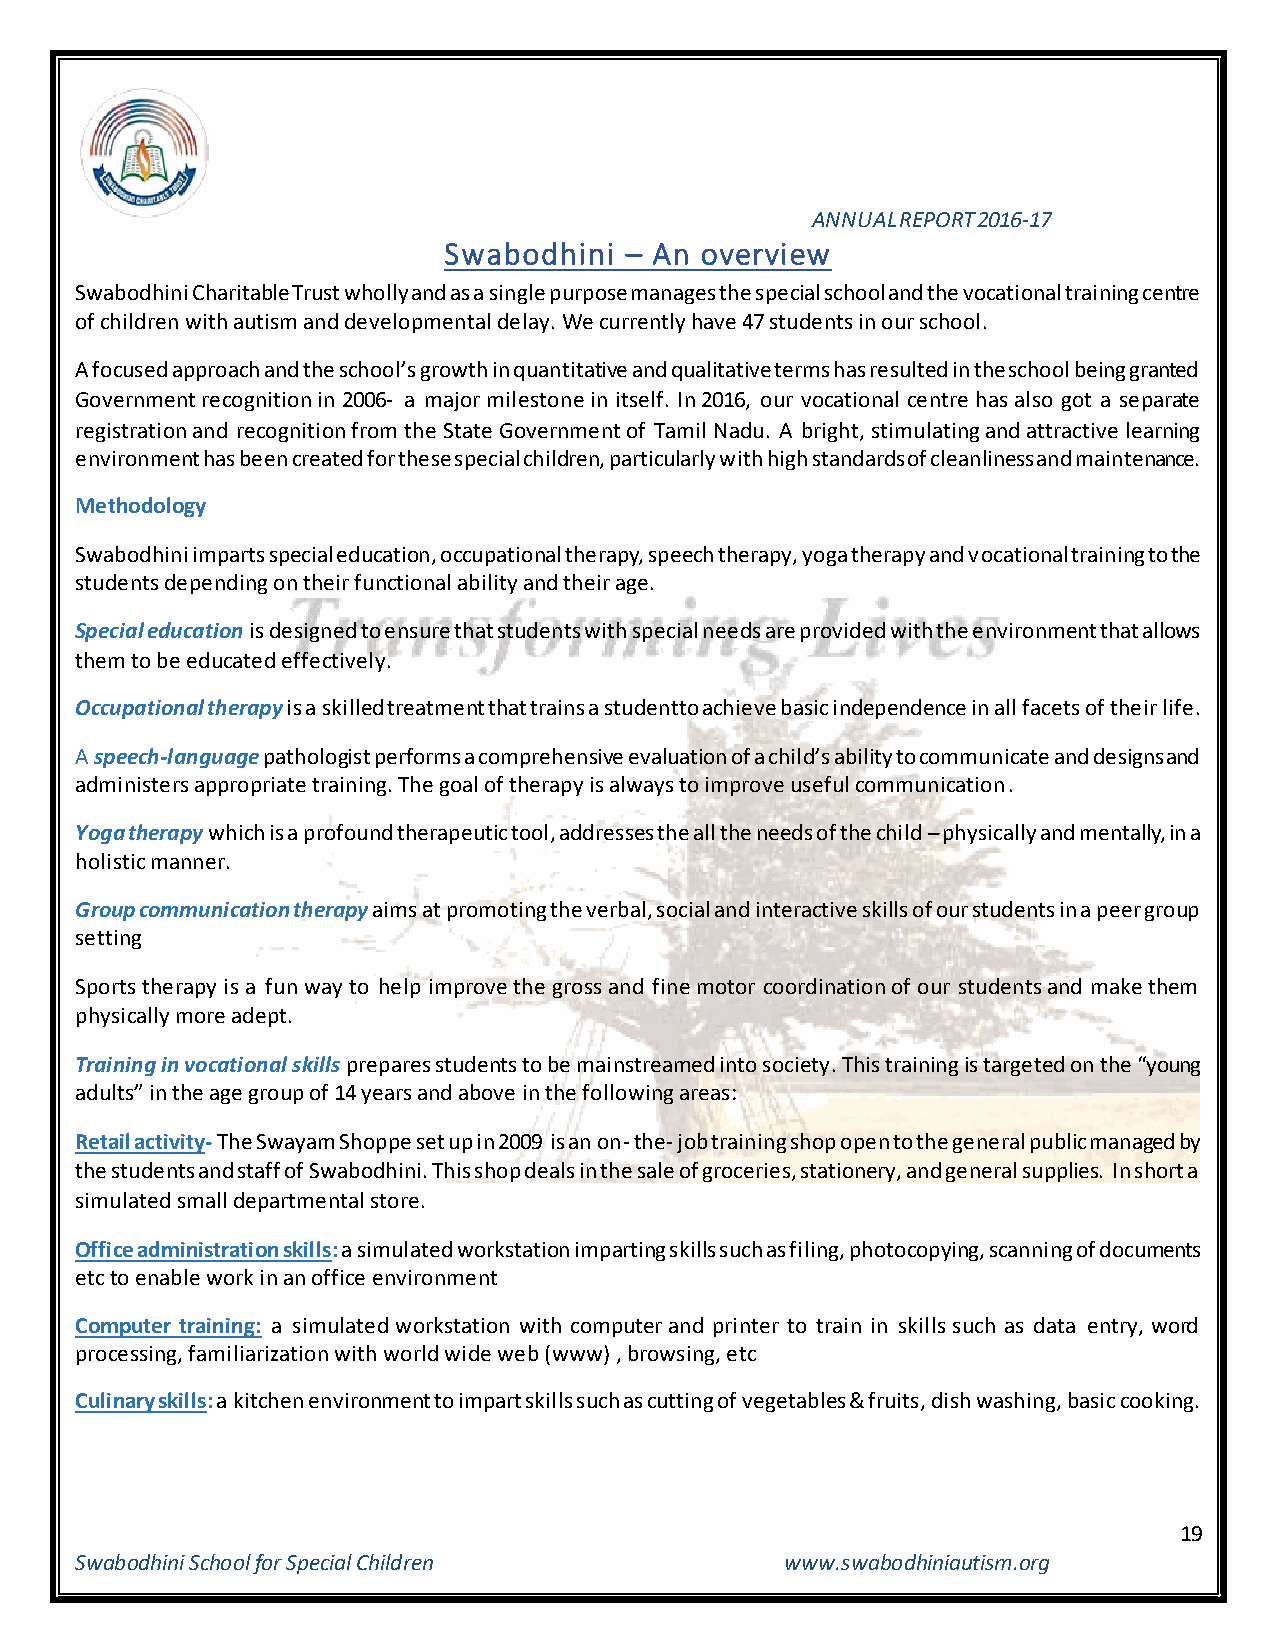
ANNUAL REPORT 2016-17
 Swabodhini  – An overview
 Swabodhini Charitable Trust wholly and as a single purpose manages the special school and the vocational training centre
 of children with autism and developmental delay. We currently have 47 students in our school.
 A focused approach and the school’s growth in quantitative and qualitative terms has resulted in the school being granted
 Government recognition in 2006- a major milestone in itself. In 2016, our vocational centre has also got a separate
 registration and recognition from the State Government of Tamil Nadu. A bright, stimulating and attractive learning
 environment has been created for these special children, particularly with high standards of cleanliness and maintenance.
 Methodology
 Swabodhini imparts special education, occupational therapy, speech therapy, yoga therapy and vocational training to the
 students depending on their functional ability and their age.
 Special education is designed to ensure that students with special needs are provided with the environment that allows
 them to be educated effectively.
 Occupational therapy is a skilled treatment that trains a studentto achieve basic independence in all facets of their life.
 A speech-language pathologist performs a comprehensive evaluation of a child’s ability to communicate and designs and
 administers appropriate training. The goal of therapy is always to improve useful communication.
 Yoga therapy which is a profound therapeutic tool, addresses the all the needs of the child – physically and mentally, in a
 holistic manner.
 Group communication therapy aims at promoting the verbal, social and interactive skills of our students in a peer group
 setting
 Sports therapy is a fun way to help improve the gross and fine motor coordination of our students and make them
 physically more adept.
 Training in vocational skills prepares students to be mainstreamed into society. This training is targeted on the “young
 adults” in the age group of 14 years and above in the following areas:
 Retail activity- The Swayam Shoppe set up in 2009 is an on- the- job training shop open to the general public managed by
 the students and staff of Swabodhini. This shop deals in the sale of groceries, stationery, and general supplies. In short a
 simulated small departmental store.
 Office administration skills: a simulated workstation imparting skills such as filing, photocopying, scanning of documents
 etc to enable work in an office environment
 Computer training: a simulated workstation with computer and printer to train in skills such as data entry, word
 processing, familiarization with world wide web (www) , browsing, etc
 Culinary skills: a kitchen environment to impart skills such as cutting of vegetables & fruits, dish washing, basic cooking.
 19
 Swabodhini School for Special Children         www.swabodhiniautism.org